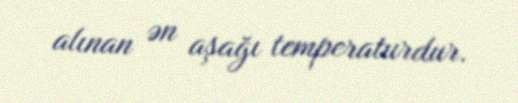
alınan ən aşağı temperaturdur.